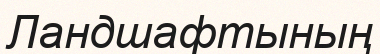
Ландшафтының